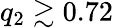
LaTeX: q_{2}\gtrsim 0.72